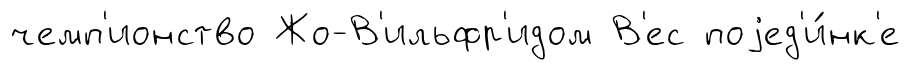
чемп'ионство Жо-В'ильфр'идом В'ес поjед'и́нк'е